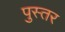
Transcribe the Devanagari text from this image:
पुस्तर